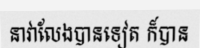
នាវាលែងបានទៀត ក៏បាន